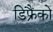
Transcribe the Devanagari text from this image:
डिफ्रैंको